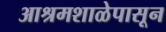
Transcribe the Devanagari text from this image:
आश्रमशाळेपासून